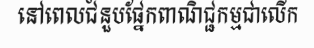
នៅពេលជំនួបផ្នែកពាណិជ្ជកម្មជាលើក